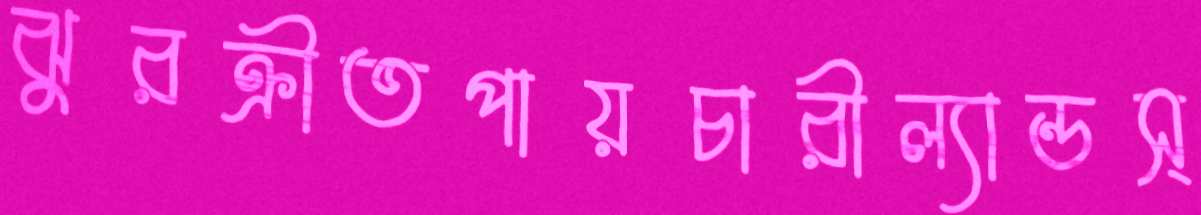
ঝুরক্রীতপায়চারীল্যান্ডস্